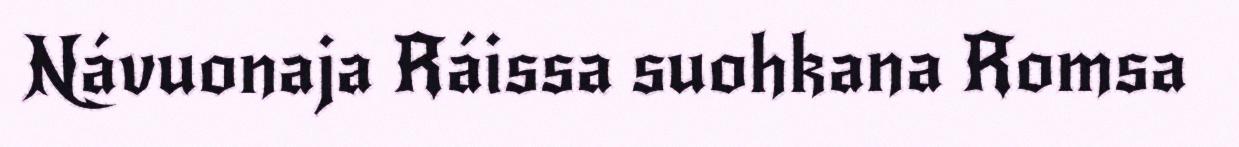
Návuonaja Ráissa suohkana Romsa